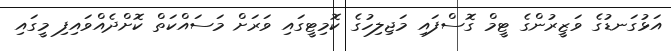
އަޅުގަނޑުގެ ވަޒީރުންގެ ޓީމް ގޮސްފައި މަޖިލިހުގެ ކޮމިޓީގައި ވަރަށް މަސައްކަތް ކޮށްދެއްވައިފި މީގައި